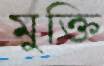
মুক্তি